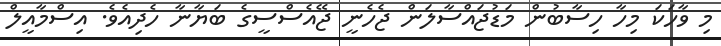
މި ވާހަކަ މިހާ ހިސާބުން މަޑުޖައްސާލަން ޖެހެނީ ޖޭއެސްސީގެ ބަޔާނާ ހެދިއެވެ. އިސްމާއީލް